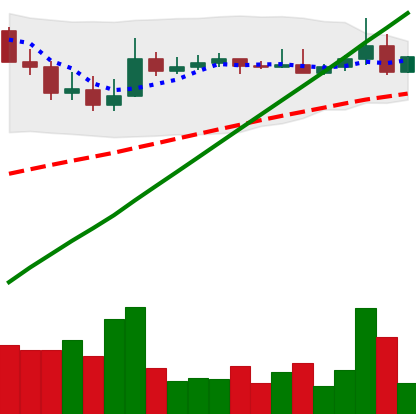
Ticker: ADA-USD
Chart end date: 2021-04-08
Forward return: 15.774%
Label: up_7plus